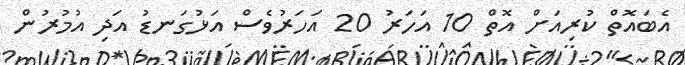
އެބައޮތް ކުރިއަށް އޮތް 10 އަހަރު 20 އަހަރުވެސް އަޅުގަނޑު އަދި އުމުރުން